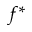
f ^ { * }